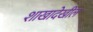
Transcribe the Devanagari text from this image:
शाखादेखील